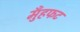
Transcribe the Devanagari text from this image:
मुँहफट